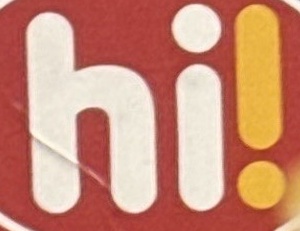
hi!